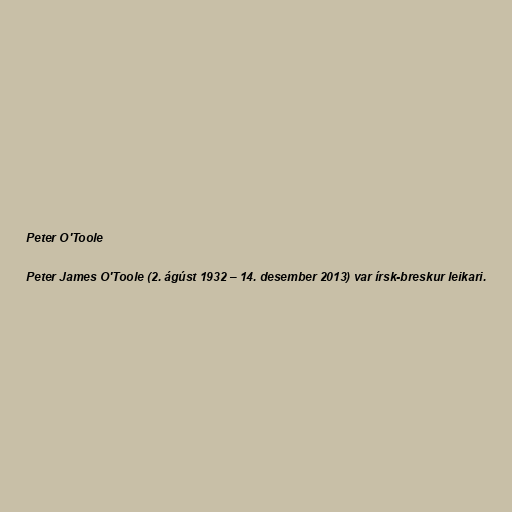
Peter O'Toole

Peter James O'Toole (2. ágúst 1932 – 14. desember 2013) var írsk-breskur leikari.